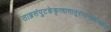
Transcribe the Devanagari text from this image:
ताम्रसंपुटकेकृत्वामातुरंगान्यथोवहेत्